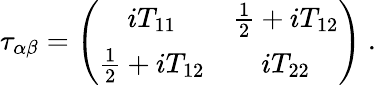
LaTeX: \tau_{\alpha\beta}=\left(\begin{array}{cc}{{iT_{11}}}&{{\frac{1}{2}+iT_{12}}}\\ {{\frac{1}{2}+iT_{12}}}&{{iT_{22}}}\end{array}\right)~.